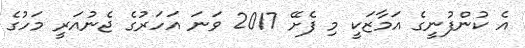
އެ ކުންފުނީގެ އަމާޒަކީ މި ފެށޭ 2017 ވަނަަ އަހަރުގެ ޖެނުއަރީ މަހުގެ